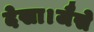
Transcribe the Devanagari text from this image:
देखा।जैसे